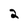
Character: 2